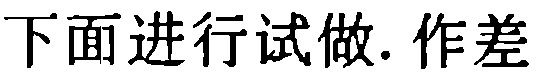
下面进行试做. 作差